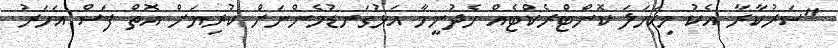
"ސަރުކާރާ އެކު މިކަހަލަ ކޮންޓްރެކްޓެއް ހެދުނީމާ އަޅުގަނޑުމެންނަށް ކުރިޔަށް އޮތް ފަސް އަހަރު